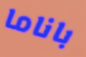
باناما